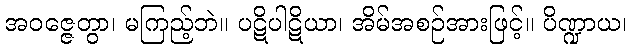
အဝဇ္ဇေတွာ၊ မကြည့်ဘဲ။ ပဋိပါဋိယာ၊ အိမ်အစဉ်အားဖြင့်။ ပိဏ္ဍာယ၊